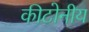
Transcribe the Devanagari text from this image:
कीटोनीय